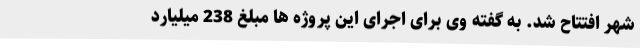
شهر افتتاح شد. به گفته وی برای اجرای این پروژه ها مبلغ 238 میلیارد